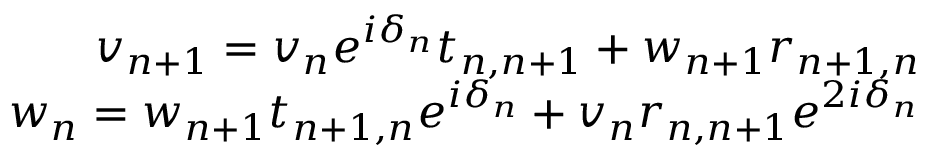
\begin{array} { r } { v _ { n + 1 } = v _ { n } e ^ { i \delta _ { n } } t _ { n , n + 1 } + w _ { n + 1 } r _ { n + 1 , n } } \\ { w _ { n } = w _ { n + 1 } t _ { n + 1 , n } e ^ { i \delta _ { n } } + v _ { n } r _ { n , n + 1 } e ^ { 2 i \delta _ { n } } } \end{array}